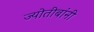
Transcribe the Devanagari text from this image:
ज्योतीबांनी